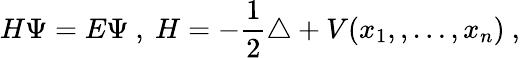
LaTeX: H\Psi=E\Psi\ ,\ H=-\frac{1}{2}\triangle+V(x_{1},,\ldots,x_{n})\ ,